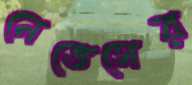
নেভেসের